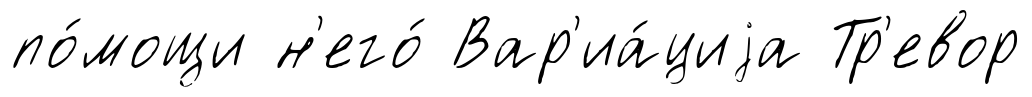
по́мощи н'его́ Вар'иа́циjа Тр'евор